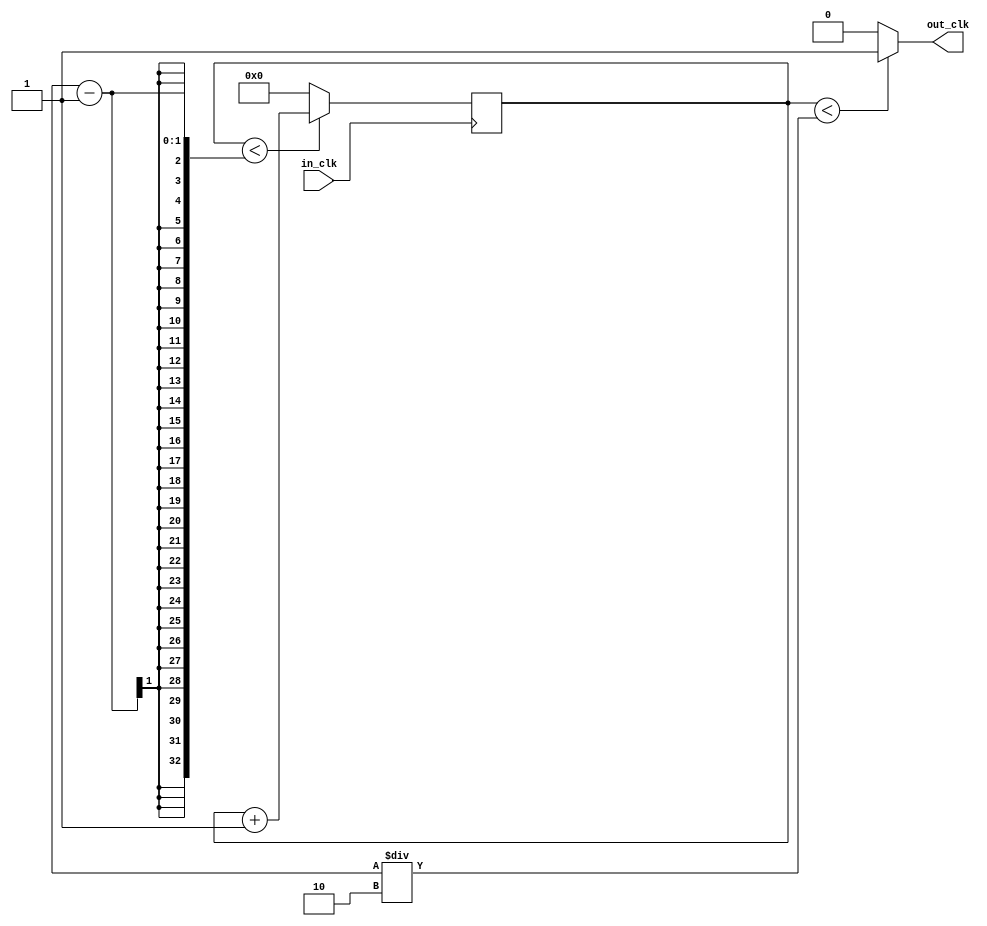
module clock_divider(
		input in_clk,
		output reg out_clk
	);

	reg [32:0] m;
	initial  begin
		m = 0;
	end
	
	always @ (posedge (in_clk)) begin
		if (m < DIVIDER - 1)
			m <= m + 1;
		else
			m <= 0;
	end

	always @ (m) begin
		if (m < DIVIDER/2)
			out_clk <= 1;
		else
			out_clk <= 0;
	end


/*module clock_divider(
	input in_clk,
	input [15:0] divider_factor,
	output reg out_clk
	);
	

	reg [31:0] m;
	reg [31:0] divider;
	reg [31:0] half_divider;

	initial begin
		m = 0;
		divider = 2;
		half_divider = 1;
	end

	always @(posedge in_clk) begin
		if (m < divider - 1)
			m <= m + 1;
		else   
			m <= 0;
	end

	always @(in_clk) begin
		if (divider_factor == 0)
			out_clk <= in_clk;
		else if (m < half_divider)
			out_clk <= 1;
		else
			out_clk <= 0;
	end
	
	always @(out_clk) begin
		divider = 2**divider_factor;
		half_divider = divider/2;
	end*/
	
endmodule